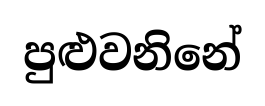
පුළුවනිනේ